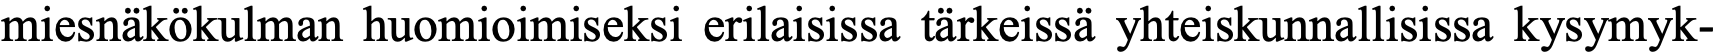
miesnäkökulman huomioimiseksi erilaisissa tärkeissä yhteiskunnallisissa kysymyk-